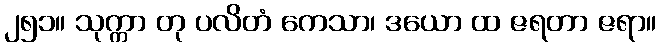
၂၅၁။ သုက္ကာ တု ပလိတံ ကေသာ၊ ဒယော ထ ဇရတာ ဇရာ။